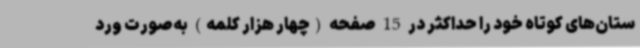
ستان‌های کوتاه خود را حداکثر در 15 صفحه (چهار هزار کلمه) به‌صورت ورد